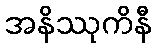
အနိဿုကိနီ